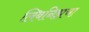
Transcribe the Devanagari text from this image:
लिबनिझचा